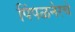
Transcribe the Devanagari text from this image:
पिंपळनेरचे